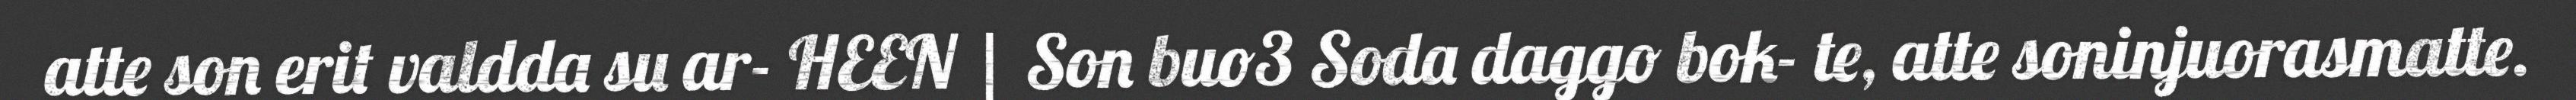
atte son erit valdda su ar- HEEN | Son buo3 Soda daggo bok- te, atte soninjuorasmatte.